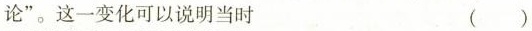
论”。这一变化可以说明当时 ( )